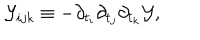
LaTeX: { \cal Y } _ { i j k } \equiv - \partial _ { t _ { i } } \partial _ { t _ { j } } \partial _ { t _ { k } } { \cal Y } ,